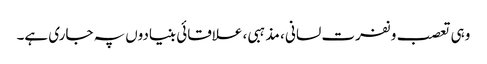
وہی تعصب و نفرت لسانی ، مذہبی ، علاقائی بنیادوں پہ جاری ہے۔